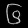
Digit: ၆